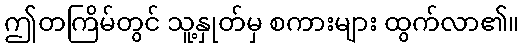
ဤတကြိမ်တွင် သူ့နှုတ်မှ စကားများ ထွက်လာ၏။